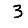
Digit: 3